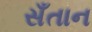
સઁતાન